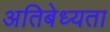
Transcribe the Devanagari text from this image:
अतिबेध्यता